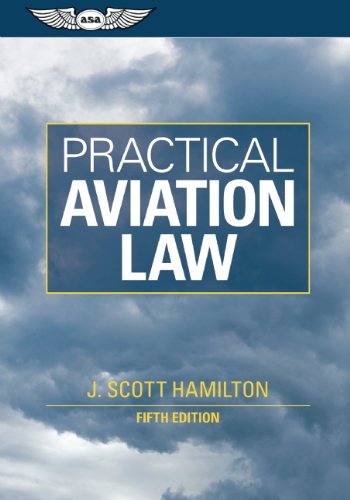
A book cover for Practical Aviation Law; J. Scott Hamilton; Law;